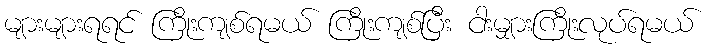
များများရရင် ကြိုးကျစ်ရမယ် ကြိုးကျစ်ပြီး ငါးမျှားကြိုးလုပ်ရမယ်